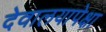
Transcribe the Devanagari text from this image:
देवालयापेक्षा